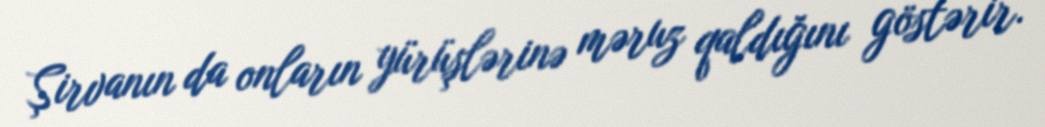
Şirvanın da onların yürüşlərinə məruz qaldığını göstərir.